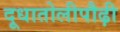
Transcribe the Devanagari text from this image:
दूधातोलीपौढ़ी